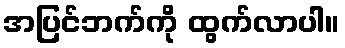
အပြင်ဘက်ကို ထွက်လာပါ။